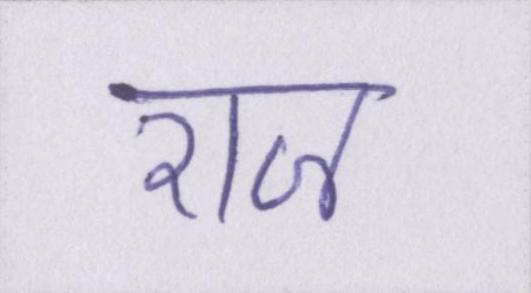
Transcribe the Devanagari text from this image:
राज